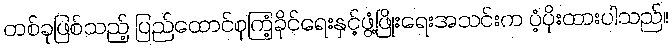
တစ်ခုဖြစ်သည့် ပြည်ထောင်စုကြံ့ခိုင်ရေးနှင့်ဖွံ့ဖြိုးရေးအသင်းက ပံ့ပိုးထားပါသည်။